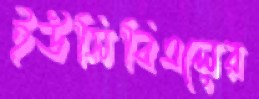
ইউসিবিএলের